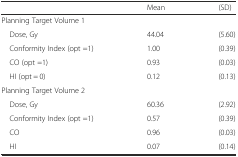
<table><thead><tr><td></td><td><b>Mean</b></td><td><b>(SD)</b></td></tr></thead><tbody><tr><td>Planning Target Volume 1</td><td></td><td></td></tr><tr><td> Dose, Gy</td><td>44.04</td><td>(5.60)</td></tr><tr><td> Conformity Index (opt =1)</td><td>1.00</td><td>(0.39)</td></tr><tr><td> CO (opt =1)</td><td>0.93</td><td>(0.03)</td></tr><tr><td> HI (opt = 0)</td><td>0.12</td><td>(0.13)</td></tr><tr><td>Planning Target Volume 2</td><td></td><td></td></tr><tr><td> Dose, Gy</td><td>60.36</td><td>(2.92)</td></tr><tr><td> Conformity Index (opt =1)</td><td>0.57</td><td>(0.39)</td></tr><tr><td> CO</td><td>0.96</td><td>(0.03)</td></tr><tr><td> HI</td><td>0.07</td><td>(0.14)</td></tr></tbody></table>